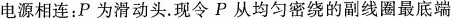
电源相连：P为滑动头。现令P从均匀密绕的副线圈最底端